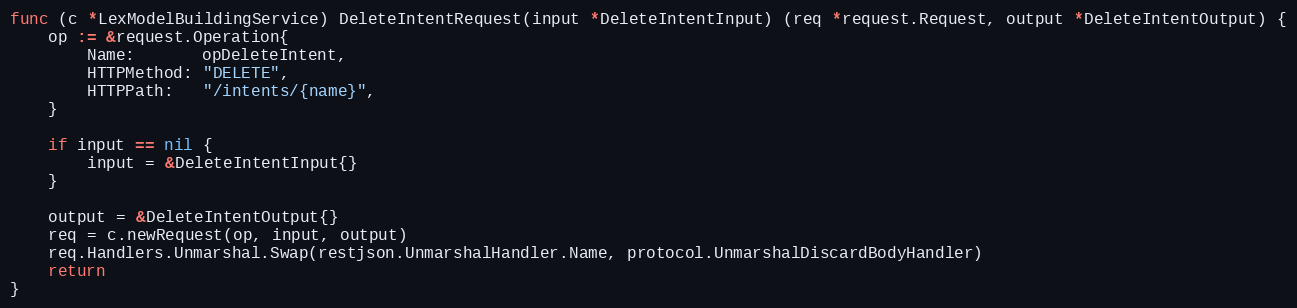
Language: Go
func (c *LexModelBuildingService) DeleteIntentRequest(input *DeleteIntentInput) (req *request.Request, output *DeleteIntentOutput) {
	op := &request.Operation{
		Name:       opDeleteIntent,
		HTTPMethod: "DELETE",
		HTTPPath:   "/intents/{name}",
	}

	if input == nil {
		input = &DeleteIntentInput{}
	}

	output = &DeleteIntentOutput{}
	req = c.newRequest(op, input, output)
	req.Handlers.Unmarshal.Swap(restjson.UnmarshalHandler.Name, protocol.UnmarshalDiscardBodyHandler)
	return
}